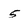
Character: 5